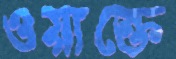
ওয়াক্তে